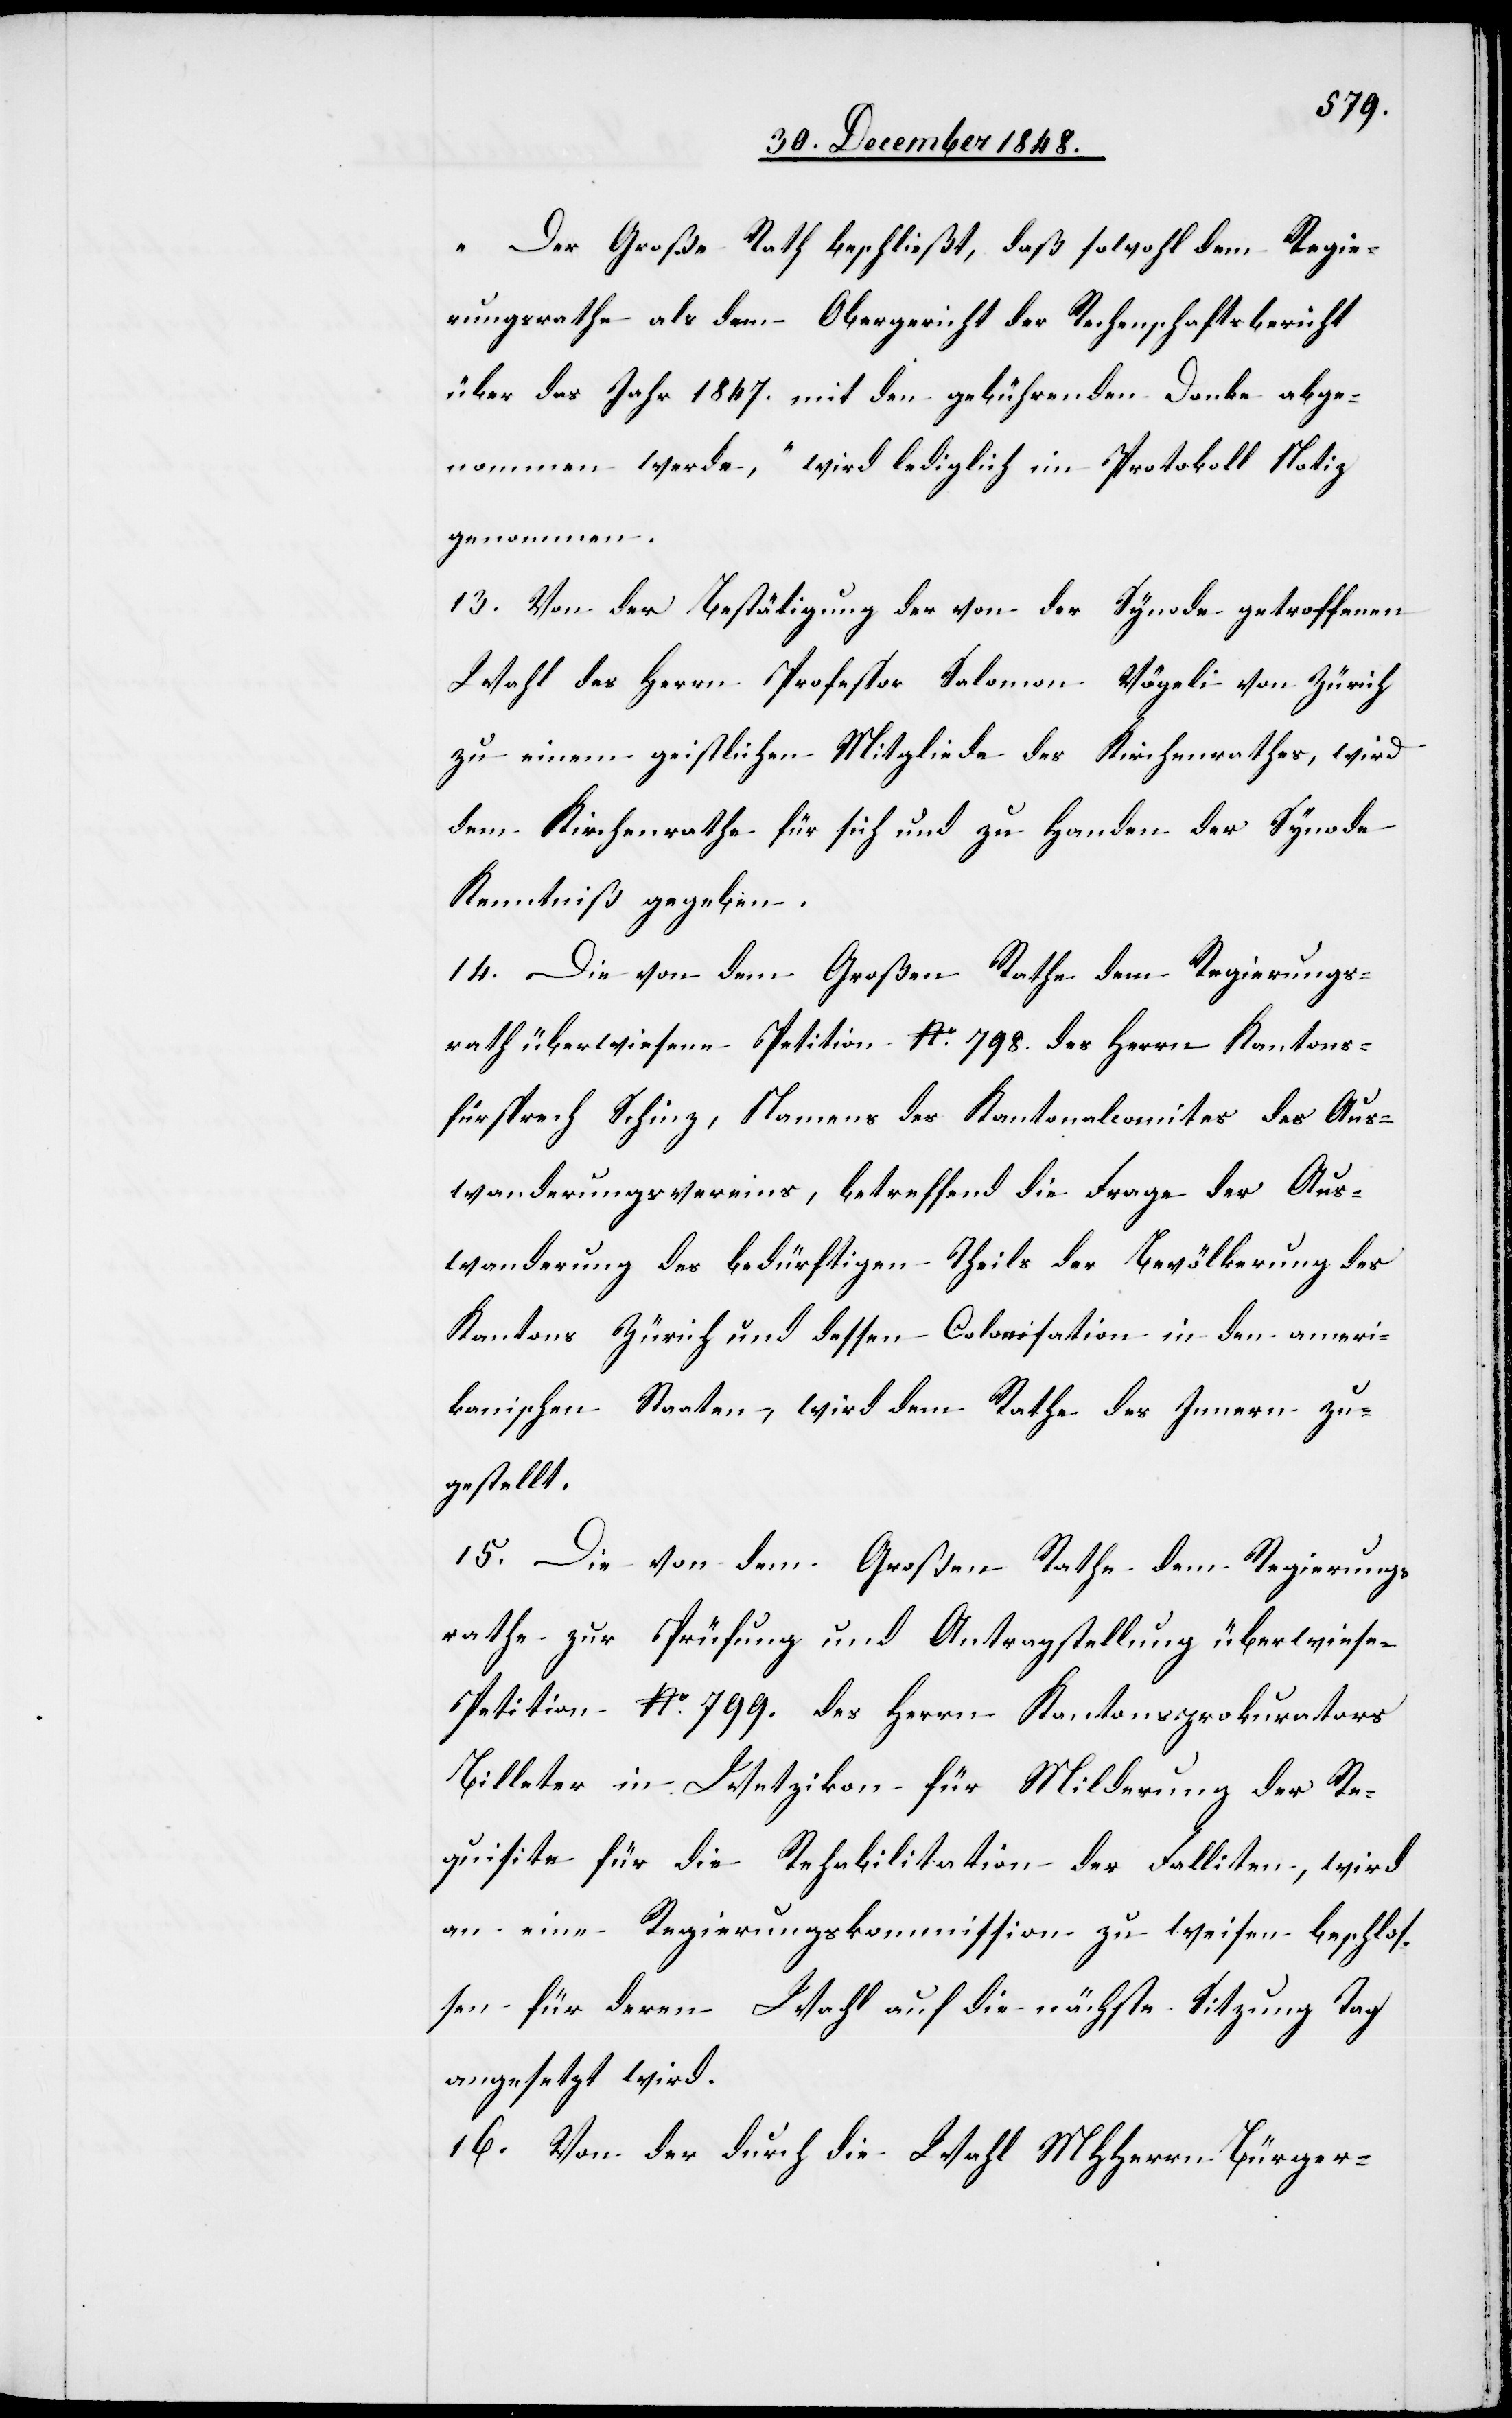
Der Große Rath beschließt, daß sowohl dem Regie¬
rungsrathe als dem Obergericht der Rechenschaftsbericht
über das Jahr 1847. mit den gebührenden Danke abge¬
nommen werde“, wird lediglich im Protokoll Notiz
genommen.
13. Von der Bestätigung der von der Synode getroffenen
Wahl des Herrn Professor Salomon Vögeli von Zürich
zu einem geistlichen Mitgliede des Kirchenrathes, wird
dem Kirchenrathe für sich und zu Handen der Synode
Kenntniß gegeben.
14. Die von dem Großen Rathe dem Regierungs¬
rath überwiesene Petition No 798. des Herrn Kantons¬
fürsprech Schinz, Namens des Kantonalcomites des Aus¬
wanderungsvereins, betreffend die Frage der Aus¬
wanderung des bedürftigen Theils der Bevölkerung des
Kantons Zürich und dessen Colonisation in den ameri¬
kanischen Staaten, wird dem Rathe des Innern zu¬
gestellt.
15. Die von dem Großen Rathe dem Regierungs¬
rathe zur Prüfung und Antragstellung überwiese[ne]
Petition No 799. des Herrn Kantonsprokurators
Billeter in Wetzikon für Milderung der Re¬
quisite für die Rehabilitation der Falliten, wird
an eine Regierungskommission zu weisen beschlos¬
sen für deren Wahl auf die nächste Sitzung Tag
angesetzt wird.
16. Von der durch die Wahl MHHerrn Bürger-